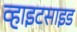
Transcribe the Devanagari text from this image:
व्हाइटसाइड